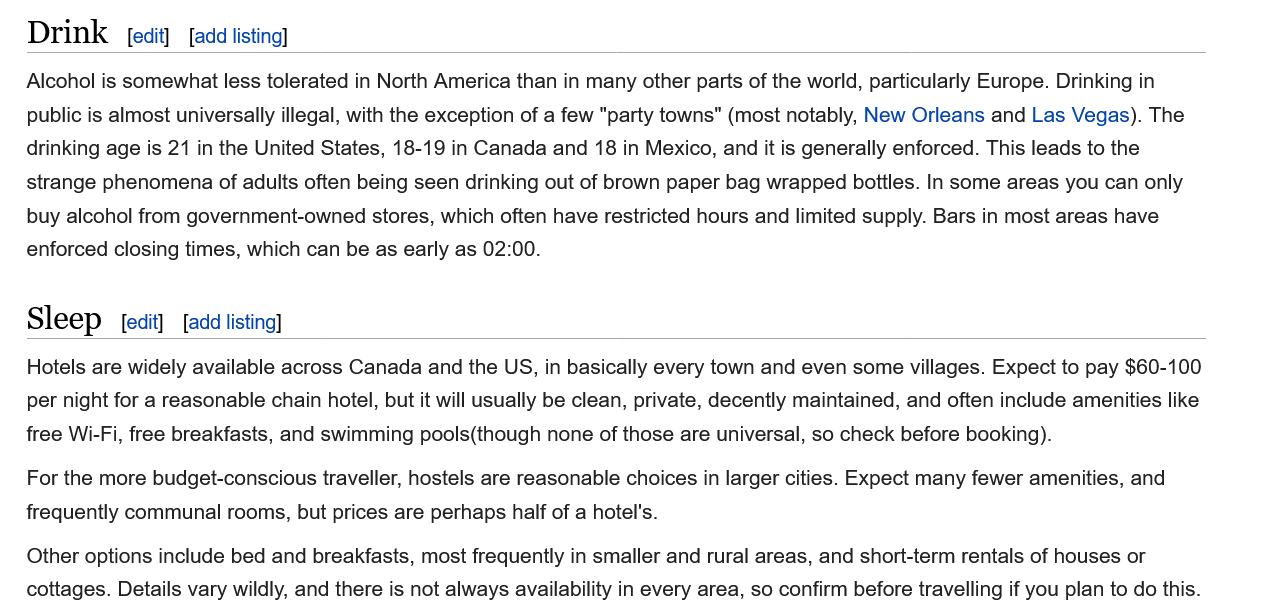
Drink
   Sleep    [edit] ‘add listinal
     [add listinal
   Alcohol is somewhat less tolerated in North America than in many other parts of the world, particularly Europe. Drinking in
   public is almost universally illegal, with the exception of a few "party towns" (most notably, New Orleans and Las Vegas). The
   drinking age is 21 in the United States, 18-19 in Canada and 18 in Mexico, and it is generally enforced. This leads to the
   strange phenomena of adults often being seen drinking out of brown paper bag wrapped bottles. In some areas you can only
   buy alcohol from government-owned stores, which often have restricted hours and limited supply. Bars in most areas have
   enforced closing times, which can be as early as 02:00.
   Hotels are widely available across Canada and the US, in basically every town and even some villages. Expect to pay $60-100
   per night for a reasonable chain hotel, but it will usually be clean, private, decently maintained, and often include amenities like
   free Wi-Fi, free breakfasts, and swimming pools(though none of those are universal, so check before booking).
   Other options include bed and breakfasts, most frequently in smaller and rural areas, and short-term rentals of houses or
   cottages. Details vary wildly, and there is not always availability in every area, so confirm before travelling if you plan to do this.
   For the more budget-conscious traveller, hostels are reasonable choices in larger cities. Expect many fewer amenities, and
   frequently communal rooms, but prices are perhaps half of a hotel's.